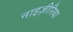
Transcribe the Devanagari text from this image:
नाइज़ीरिया